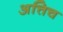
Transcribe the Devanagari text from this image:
अत्तिच